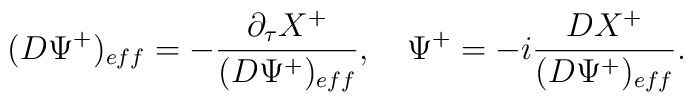
(D\Psi^+)_{eff}=-{{\partial_\tau X^+}\over{(D\Psi^+)_{eff}}},\quad \Psi^+=-i{{DX^+}\over{(D\Psi^+)_{eff}}}.